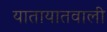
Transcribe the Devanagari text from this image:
यातायातवाली